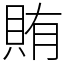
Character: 賄